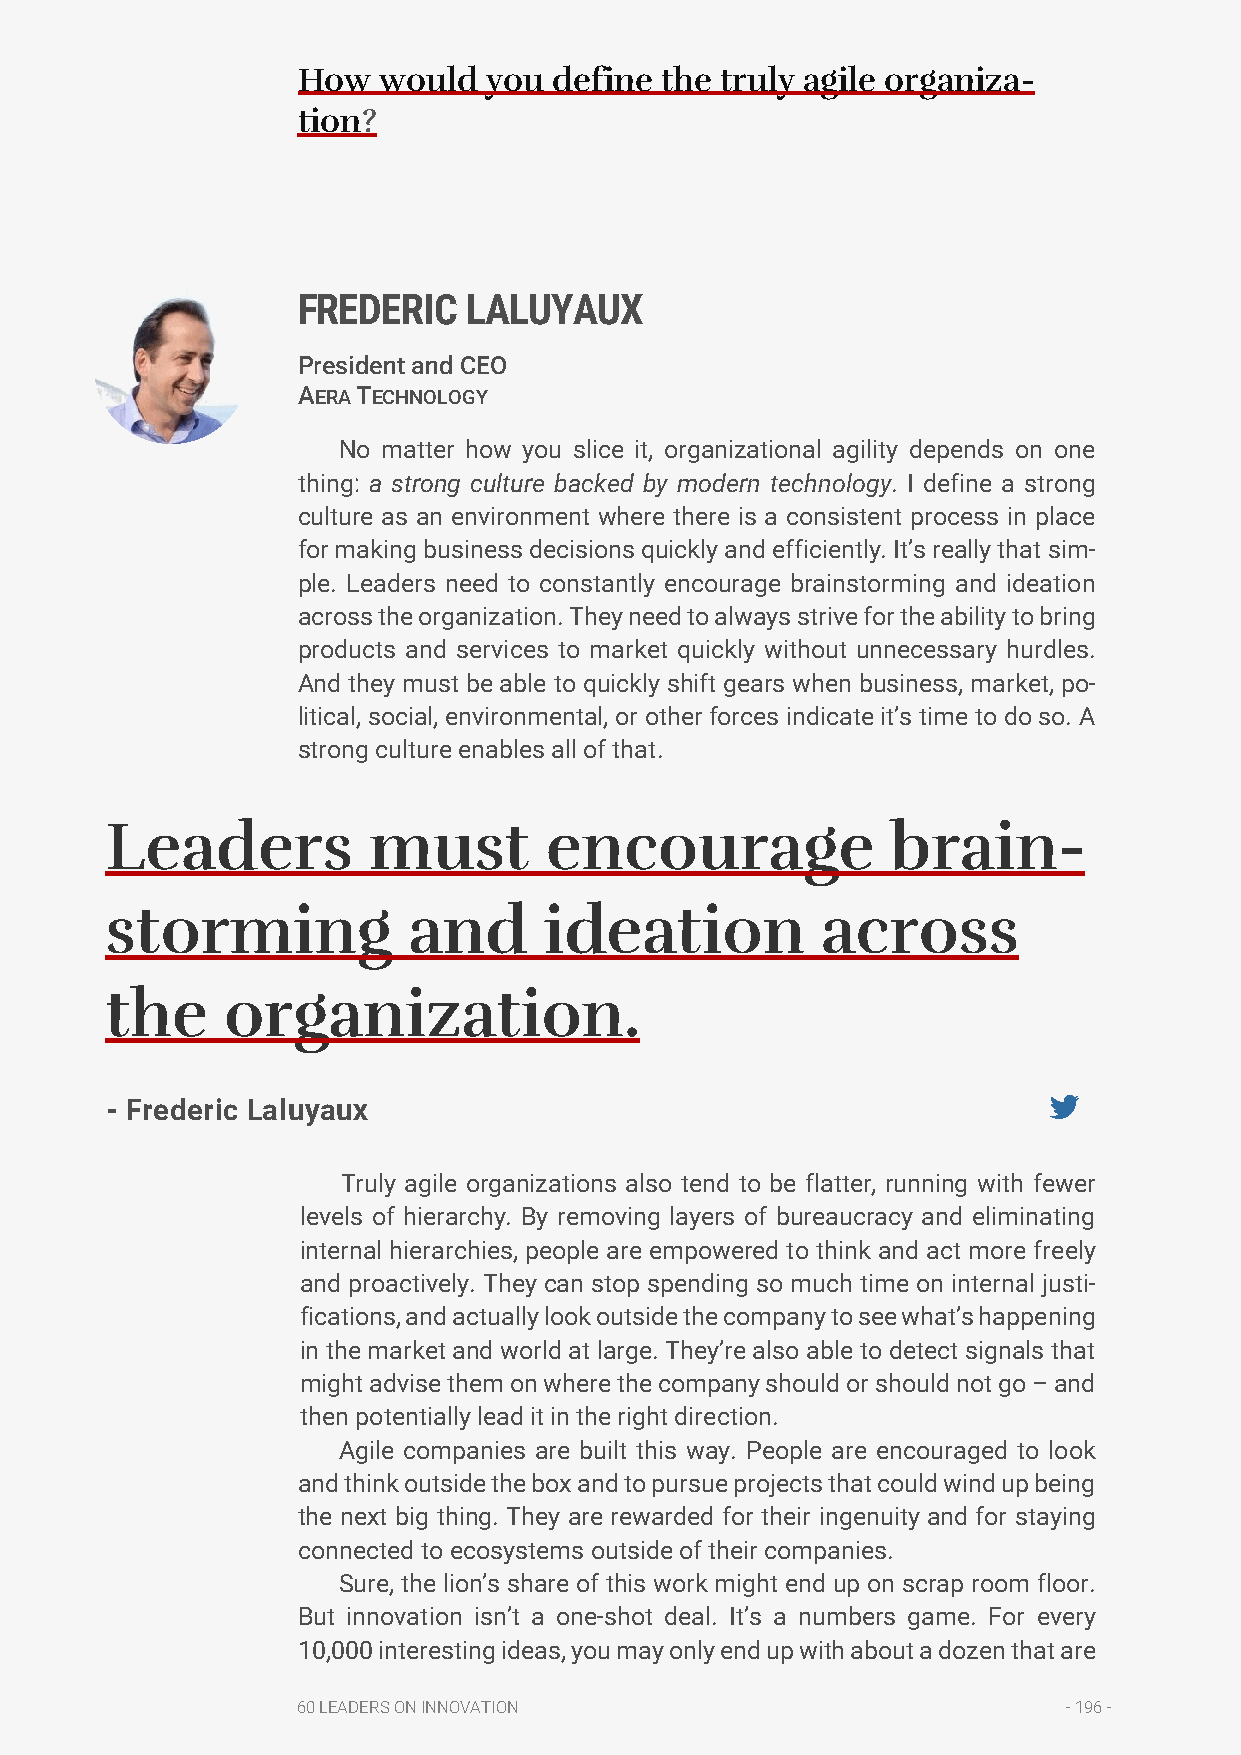
How  would  you  define the truly agile organiza-
 tion?
 FREDERIC   LALUYAUX
 President and CEO
 AERA TECHNOLOGY
 No matter how you slice it, organizational agility depends on one
 thing: a strong culture backed by modern technology. I define a strong
 culture as an environment where there is a consistent process in place
 for making business decisions quickly and efficiently. It’s really that sim-
 ple. Leaders need to constantly encourage brainstorming and ideation
 across the organization. They need to always strive for the ability to bring
 products and services to market quickly without unnecessary hurdles.
 And they must be able to quickly shift gears when business, market, po-
 litical, social, environmental, or other forces indicate it’s time to do so. A
 strong culture enables all of that.
 Leaders          must        encourage              brain-
 storming            and      ideation          across
 the     organization.
 - Frederic Laluyaux
 Truly agile organizations also tend to be flatter, running with fewer
 levels of hierarchy. By removing layers of bureaucracy and eliminating
 internal hierarchies, people are empowered to think and act more freely
 and proactively. They can stop spending so much time on internal justi-
 fications, and actually look outside the company to see what’s happening
 in the market and world at large. They’re also able to detect signals that
 might advise them on where the company should or should not go – and
 then potentially lead it in the right direction.
 Agile companies are built this way. People are encouraged to look
 and think outside the box and to pursue projects that could wind up being
 the next big thing. They are rewarded for their ingenuity and for staying
 connected to ecosystems outside of their companies.
 Sure, the lion’s share of this work might end up on scrap room floor.
 But innovation isn’t a one-shot deal. It’s a numbers game. For every
 10,000 interesting ideas, you may only end up with about a dozen that are
 60 LEADERS ON INNOVATION                           - 196 -